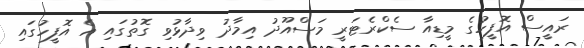
ރައީސް އޮފީހުގެ މީޑިއާ ސެކްރެޓަރީ މަސްއޫދު އިމާދު ވިދާޅުވި ގޮތުގައި އެ އޮފީހުގައި